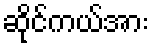
ဆိုင်ကယ်အား